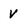
Character: V